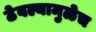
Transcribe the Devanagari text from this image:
ठेवल्यामुळेच